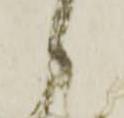
々